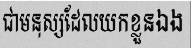
ជាមនុស្សដែលយកខ្លួនឯង